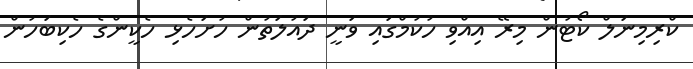
ކްރިމިނަލް ކޯޓުން މިރޭ އިއްވި ހުކުމްގައި ވަނީ ދައުލަތުން ހުށަހެޅި ހެކީންގެ ހެކިބަހުން